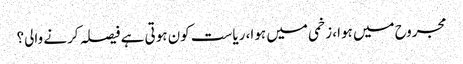
مجروح میں ہوا، زخمی میں ہوا، ریاست کون ہوتی ہے فیصلہ کرنے والی؟